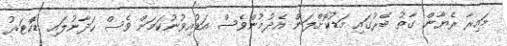
މައިރާ ރެޔާން ގާތު ބޭރުގައި މަޑުކޮށްލަން އެދުމުންވެސް އަޑުއިވުނުކަމަށް ވެސް ހަދާނުލައި ޑޮކްޓަރު